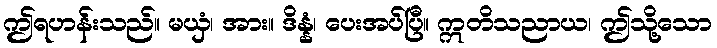
ဤရဟန်းသည်။ မယှံ၊ အား။ ဒိန္နံ၊ ပေးအပ်ပြီ။ ဣတိသညာယ၊ ဤသို့သော